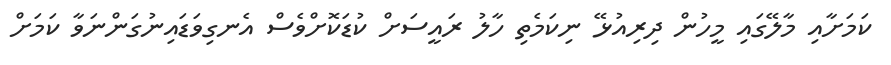
ކަމަށާއި މާލޭގައި މީހުން ދިރިއުޅޭ ނިކަމެތި ހާލު ރައީސަށް ކުޑަކޮށްވެސް އެނގިވަޑައިނުގަންނަވާ ކަމަށް